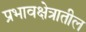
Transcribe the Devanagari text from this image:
प्रभावक्षेत्रातील